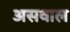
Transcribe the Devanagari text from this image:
असवाल